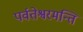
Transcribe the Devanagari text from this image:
पर्वतेश्वरमन्ति